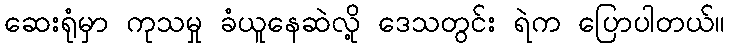
ဆေးရုံမှာ ကုသမှု ခံယူနေဆဲလို့ ဒေသတွင်း ရဲက ပြောပါတယ်။